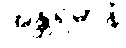
အန္တရဓာနံ